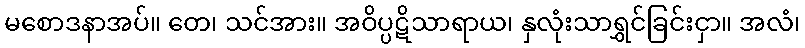
မစောဒနာအပ်။ တေ၊ သင်အား။ အဝိပ္ပဋိသာရာယ၊ နှလုံးသာရွှင်ခြင်းငှာ။ အလံ၊